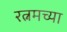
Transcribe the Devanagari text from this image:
रत्नमच्या